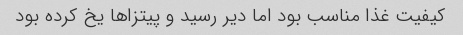
کیفیت غذا مناسب بود اما دیر رسید و پیتزا‌ها یخ کرده بود